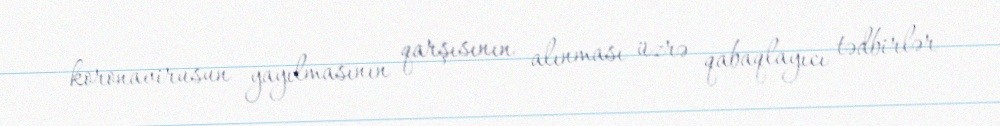
koronavirusun yayılmasının qarşısının alınması üzrə qabaqlayıcı tədbirlər